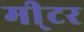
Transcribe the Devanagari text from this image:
मी्टर